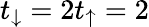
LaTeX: t_{\downarrow}=2t_{\uparrow}=2